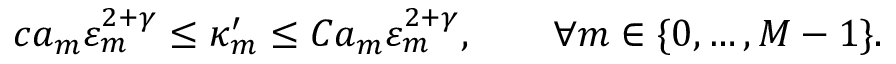
c a _ { m } \varepsilon _ { m } ^ { 2 + \gamma } \leq \kappa _ { m } ^ { \prime } \leq C a _ { m } \varepsilon _ { m } ^ { 2 + \gamma } , \qquad \forall m \in \{ 0 , \ldots , M - 1 \} .